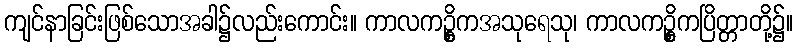
ကျင်နာခြင်းဖြစ်သောအခါ၌လည်းကောင်း။ ကာလကဥ္စိကအသုရေသု၊ ကာလကဥ္စိကပြိတ္တာတို့၌။